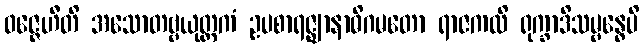
ဝဇ္ဇေဟီတိ အသောတဗ္ဗယုတ္တကံ ဥပစာရဇ္ဈာနာဓိဂမတော ရာဇကလိ ရုက္ခာဒိသမ္ဗန္ဓေပိ